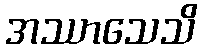
အဿာသေသိ